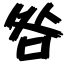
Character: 咎